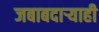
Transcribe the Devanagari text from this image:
जबाबदाऱ्याही